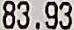
83.93